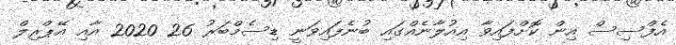
އެފްސިސް އިން ކޮށްފައިވާ އިއުލާނެއްގައި ބުނެފައިވަނީ ޑިސެމްބަރު 26 2020 އާއި އޭޕްރިލް